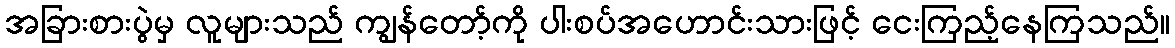
အခြားစားပွဲမှ လူများသည် ကျွန်တော့်ကို ပါးစပ်အဟောင်းသားဖြင့် ငေးကြည့်နေကြသည်။